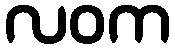
လဝက